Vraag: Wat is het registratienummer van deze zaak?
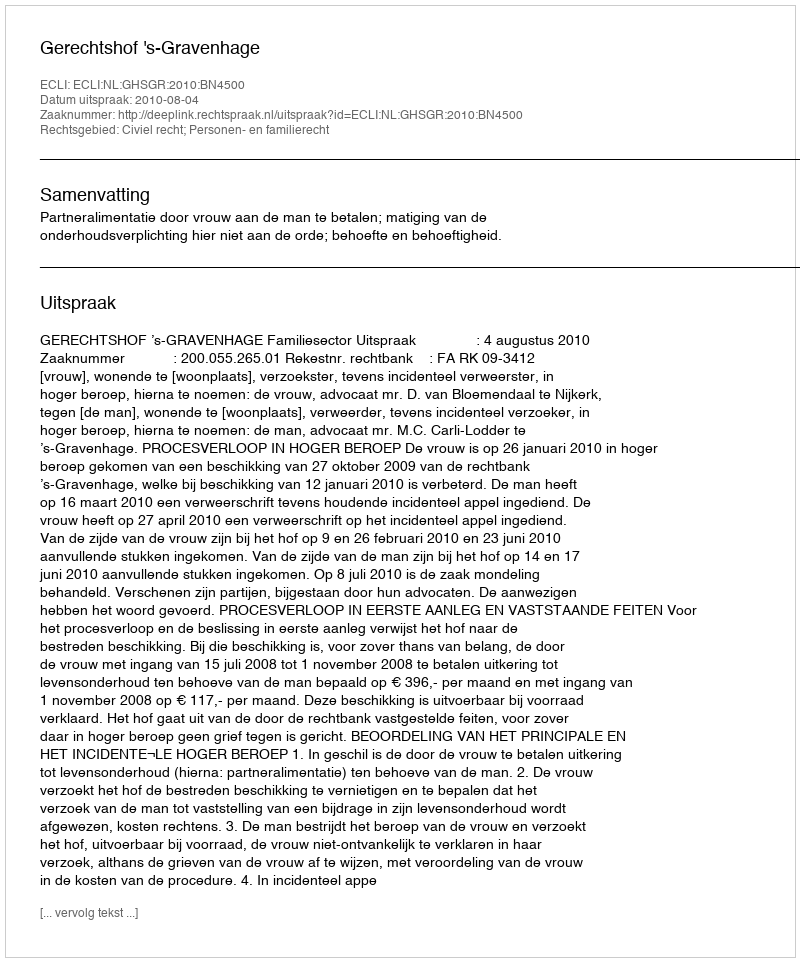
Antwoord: http://deeplink.rechtspraak.nl/uitspraak?id=ECLI:NL:GHSGR:2010:BN4500